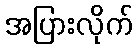
အပြားလိုက်